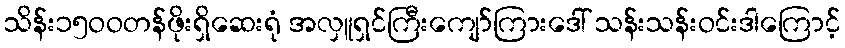
သိန်း၁၅ဝဝတန်ဖိုးရှိဆေးရုံ အလှူရှင်ကြီးကျော်ကြားဒေါ် သန်းသန်းဝင်းဒါကြောင့်